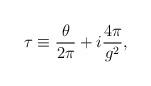
LaTeX: \begin{align*}\tau \equiv {\theta\over2\pi} + i {4\pi\over g^2},\end{align*}